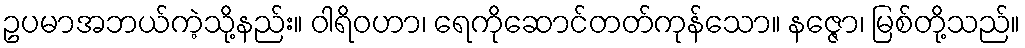
ဥပမာအဘယ်ကဲ့သို့နည်း။ ဝါရိဝဟာ၊ ရေကိုဆောင်တတ်ကုန်သော။ နဇ္ဇော၊ မြစ်တို့သည်။